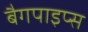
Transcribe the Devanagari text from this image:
बैगपाइप्स